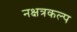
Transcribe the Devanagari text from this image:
नक्षत्रकल्प